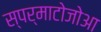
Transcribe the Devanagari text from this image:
स्पर्माटोजोआ